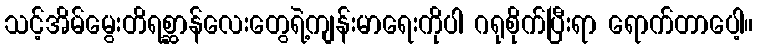
သင့်အိမ်မွေးတိရစ္ဆာန်လေးတွေရဲ့ကျန်းမာရေးကိုပါ ဂရုစိုက်ပြီးရာ ရောက်တာပေါ့။